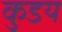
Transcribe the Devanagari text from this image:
कुडय